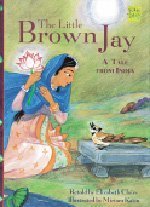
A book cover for Harcourt School Publishers Signatures: English as a Second Language Library Book Grade 4 The Little Brown Jay (Folktales from Around the World); HARCOURT SCHOOL PUBLISHERS; Children's Books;